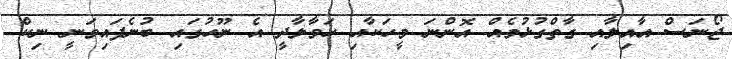
ޖޯނަސް އާއިލާއި ގާތްގުޅުމެއް އޮންނަ މީހަކާއި ހަވާލާދީ އެ ނޫހުގައި ބުނެފައިވަނީ ނިކް